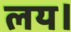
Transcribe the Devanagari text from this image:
लय।